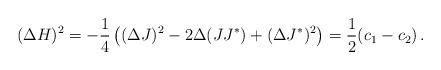
LaTeX: \begin{align*} (\Delta H)^2 = -\frac{1}{4}\left((\Delta J)^2-2\Delta(JJ^*)+ (\Delta J^*)^2\right)= \frac{1}{2}(c_1-c_2) \,.\end{align*}